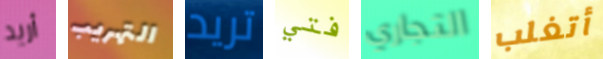
أريد التهريب تريد فتي التجاري أتغلب